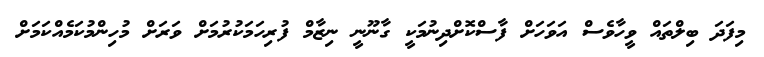
މިފަދަ ބިލްތައް ވީހާވެސް އަވަހަށް ފާސްކޮށްދިނުމަކީ ގާނޫނީ ނިޒާމް ފުރިހަމަކުރުމަށް ވަރަށް މުހިންމުކަމެއްކަމަށް